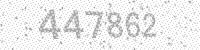
Solution: 447862